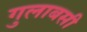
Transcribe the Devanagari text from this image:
गुलाबसी